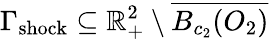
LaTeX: \Gamma_{\mathrm{shock}}\subseteq\mathbb{R}_{+}^{2}\setminus\overline{{B_{c_{2}}(O_{2})}}